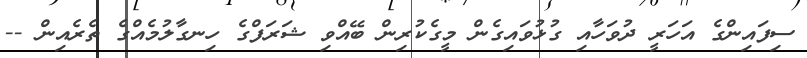
ސިފައިންގެ އަހަރީ ދުވަހާއި ގުޅުވައިގެން މީގެކުރިން ބޭއްވި ޝަރަފްގެ ހިނގާލުމެއްގެ ތެރެއިން --